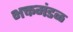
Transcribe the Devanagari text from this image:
भक्तमंडळ